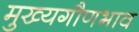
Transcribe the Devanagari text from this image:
मुख्यगौणभाव